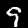
Label: 9